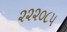
૨૨૨૦૮૫